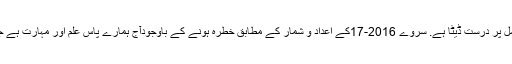
ہمارے پاس موجود مقدار اور ذیابیطس کے خطرے کے عوامل پر درست ڈیٹا ہے. سروے 2016-17کے اعداد و شمار کے مطابق خطرہ ہونے کے باوجودآج ہمارے پاس علم اور مہارت ہے جو اگلی نسل کے لئے ذیابیطس کے آغاز کو کم کر سکتی ہے۔